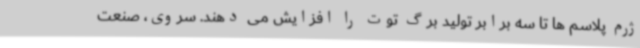
ژرم پلاسم ها تا سه برابر تولید برگ توت را افزایش می دهند. سروی، صنعت